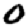
Digit: 0